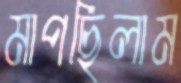
মাপছিলাম